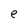
Character: e